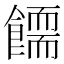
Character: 𩞪